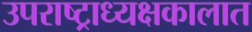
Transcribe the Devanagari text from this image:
उपराष्ट्राध्यक्षकालात